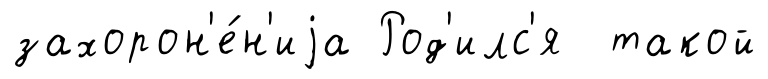
захорон'е́н'иjа Род'илс'я такой